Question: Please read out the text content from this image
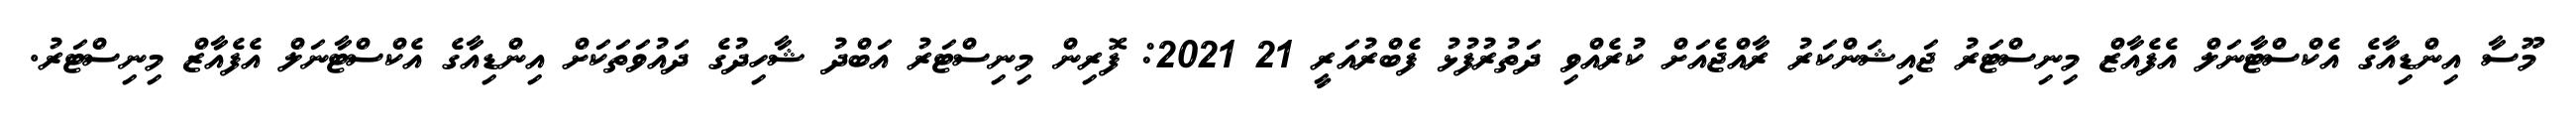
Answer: މޫސާ އިންޑިއާގެ އެކްސްޓާނަލް އެފެއާޒް މިނިސްޓަރު ޖައިޝަންކަރު ރާއްޖެއަށް ކުރެއްވި ދަތުރުފުޅު ފެބްރުއަރީ 21 2021: ފޮރިން މިނިސްޓަރު އަބްދު ޝާހިދުގެ ދައުވަތަކަށް އިންޑިއާގެ އެކްސްޓާނަލް އެފެއާޒް މިނިސްޓަރު.